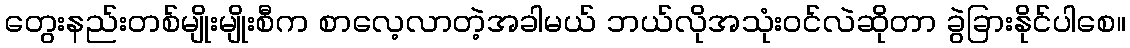
တွေးနည်းတစ်မျိုးမျိုးစီက စာလေ့လာတဲ့အခါမယ် ဘယ်လိုအသုံးဝင်လဲဆိုတာ ခွဲခြားနိုင်ပါစေ။